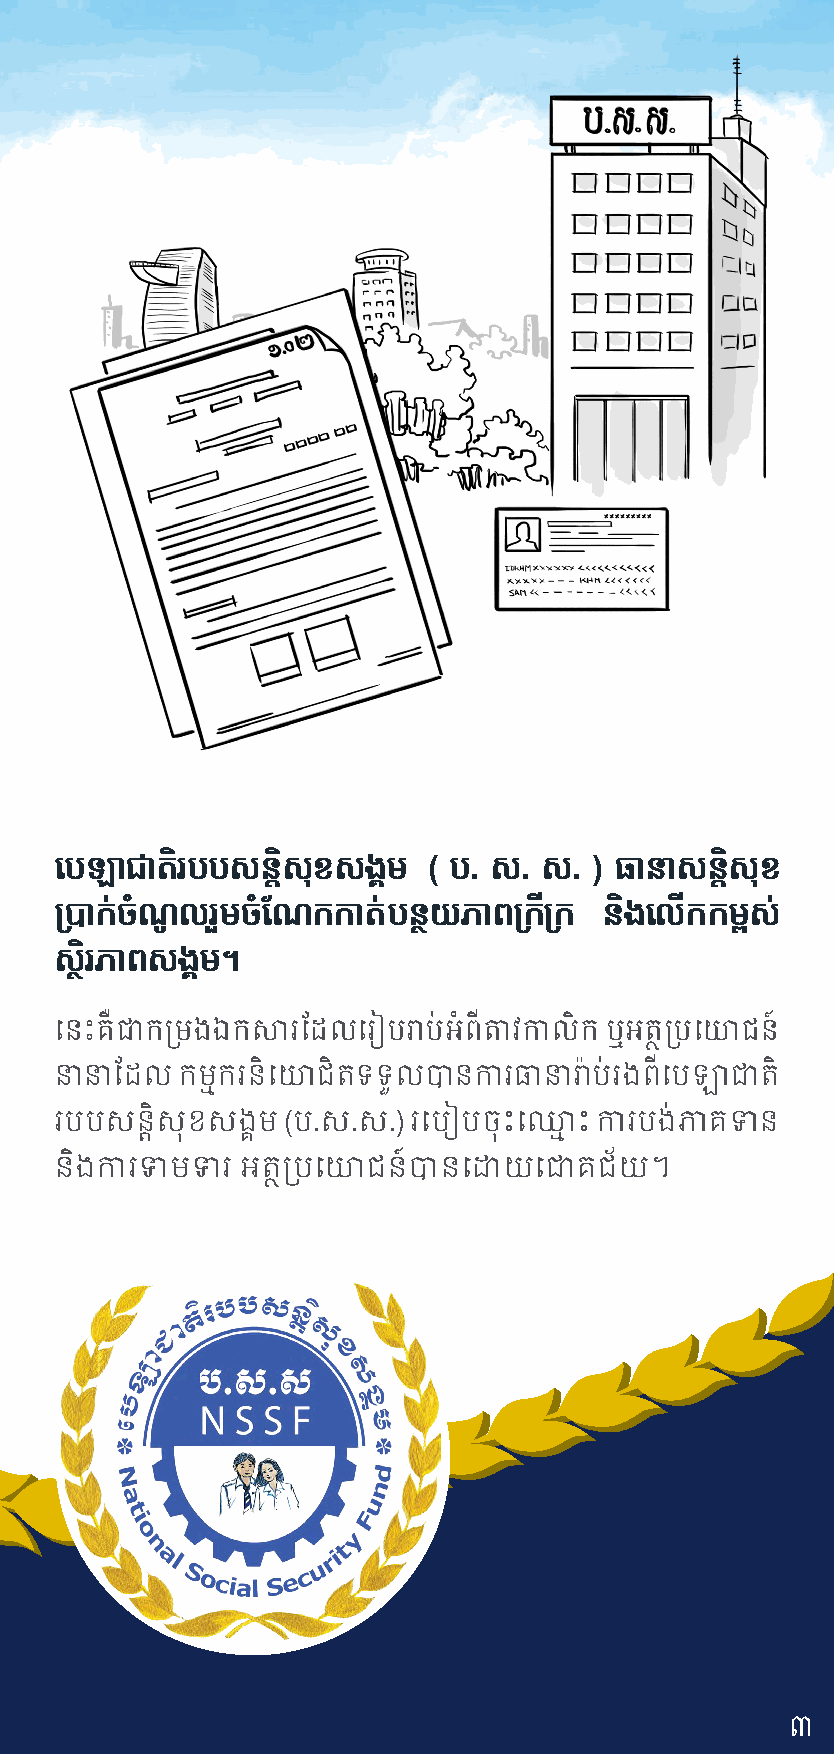
យបឡាជាតិរបបសន្ិសុខសង្គម ( ប. ស. ស. ) ធានាសន្ិសុខ
 ម្រាក់ ចំណូេ រួម ចំនណក កាត់ បនថែយ ភាពម្កតីម្ក និងយេើកកម្ពស ់
 សថែិរភាពស ង្គម។
 សនោះ ្ឺជាកប្មងឯកស្រថដល សរៀបរាប់ អំព្ីតាេកាលិក ឬអត្ថប្បសោជន៍
 ន្ន្ថដល កម្មករ និសោជិត ទទួល បាន ការ ធាន្រាៃប់ រង ព្ី សបឡាជាតិ
 របប េនិតាេនុខ េងរម (ប.េ.េ.) រសបៀប ចនុោះ ស្្ម ោះ ការបង់ភា្ទាន
 និងការទាមទារ អត្ថប្បសោជន៍ បាន សោយ សជា្ជ័យ។
 ៣